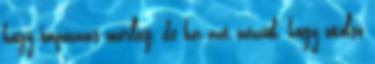
hogy impozáns mérleg, de ha azt nézzük, hogy utolsó